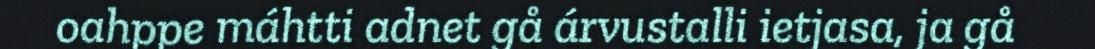
oahppe máhtti adnet gå árvustalli ietjasa, ja gå